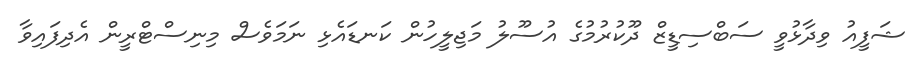
ޝަފީއު ވިދާޅުވީ ސަބްސިޑީޒް ދޫކުރުމުގެ އުސޫލު މަޖިލީހުން ކަނޑައެޅި ނަމަވެސް މިނިސްޓްރީން އެދިފައިވާ